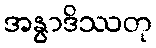
အနွာဒိဿတု